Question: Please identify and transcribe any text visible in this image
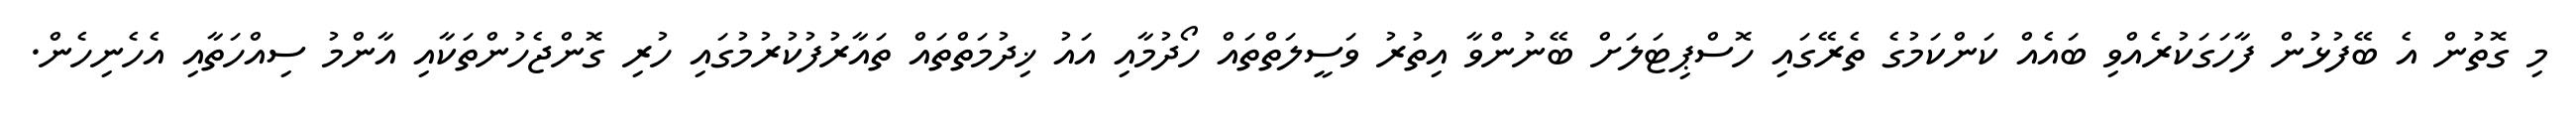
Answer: މި ގޮތުން އެ ބޭފުޅުން ފާހަގަކުރެއްވި ބައެއް ކަންކަމުގެ ތެރޭގައި ހޮސްޕިޓަލަށް ބޭނުންވާ އިތުރު ވަސީލަތްތައް ހޯދުމާއި އައު ޚިދުމަތްތައް ތައާރުފުކުރުމުގައި ހުރި ގޮންޖެހުންތަކާއި އާންމު ސިއްހަތާއި އެހެނިހެން.